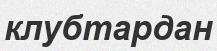
клубтардан